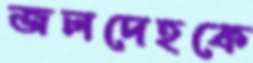
জলদেহকে